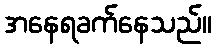
အနေရခက်နေသည်။